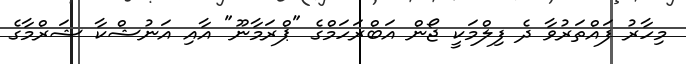
މިހާރު ފައްތަރުވާ ދެ ފިލްމަކީ ޖޯން އަބްރަހަމްގެ "ޕްރަމާނޫ" އާއި އަނުޝްކާ ޝަރްމާގެ